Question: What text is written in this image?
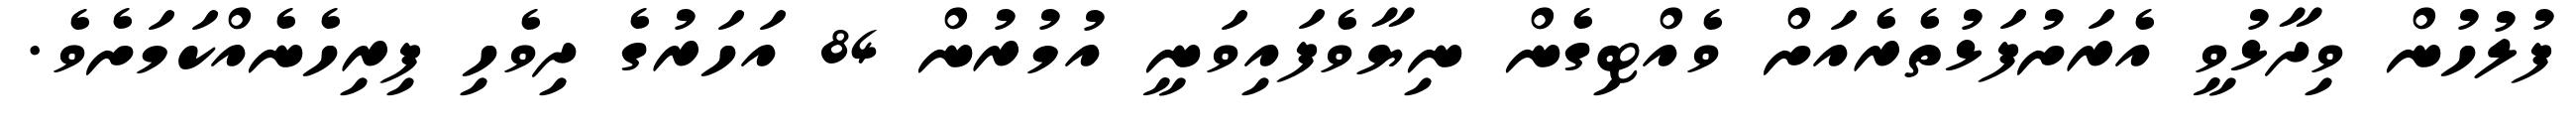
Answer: ފުލުހުން ވިދާޅުވީ އެރަށުފަޅުތެރެއަށް ވެއްޓިގެން ނިޔާވެފައިވަނީ އުމުރުން 84 އަހަރުގެ ދިވެހި ފިރިހެނެއްކަމަށެވެ.